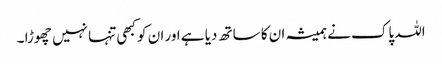
اللہ پاک نے ہمیشہ ان کا ساتھ دیا ہے اور ان کو کبھی تنہا نہیں چھوڑا ۔